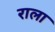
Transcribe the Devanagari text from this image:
राला